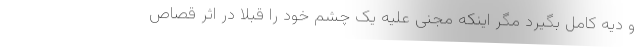
و دیه کامل بگیرد مگر اینکه مجنی علیه یک چشم خود را قبلاً در اثر قصاص